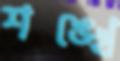
শঙ্খে